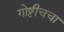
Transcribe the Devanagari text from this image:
गोष्टीचचा